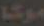
موكا